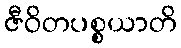
ဇီဝိတပစ္စယာတိ